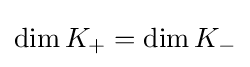
\operatorname {dim} K_{+}=\operatorname {dim} K_{-}